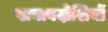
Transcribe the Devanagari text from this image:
खनाबदोशियों